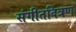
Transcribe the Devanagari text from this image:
संगीतवित्रण